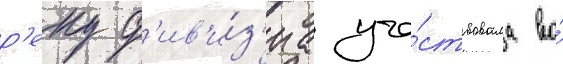
р'еку д'ив'и́з'иа уча́ствовала во́